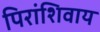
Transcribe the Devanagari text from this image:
पिरांशिवाय